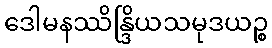
ဒေါမနဿိန္ဒြိယသမုဒယဉ္စ